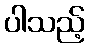
ပါသည့်